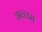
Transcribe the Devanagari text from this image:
अल्लम